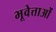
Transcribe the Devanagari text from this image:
भूवेत्ताओं